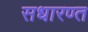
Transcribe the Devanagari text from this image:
सधारण्त